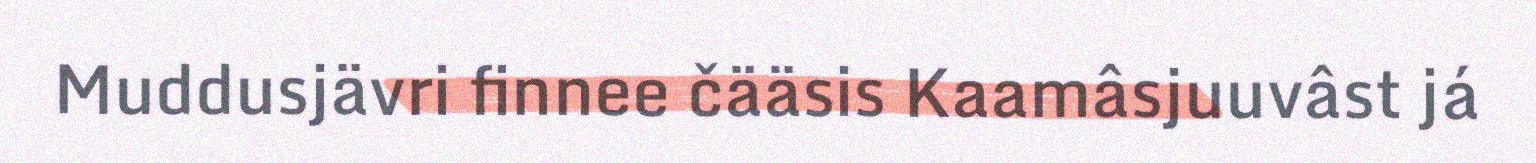
Muddusjävri finnee čääsis Kaamâsjuuvâst já